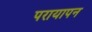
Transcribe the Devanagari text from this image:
परायापन